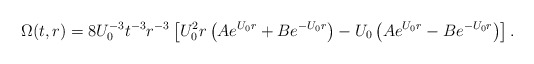
\begin{align*}\Omega(t,r) = 8 U_0^{-3} t^{-3} r^{-3} \left[ U^2_0 r \left( Ae^{U_0 r} + Be^{-U_0 r} \right) - U_0 \left( Ae^{U_0 r} - Be^{-U_0 r} \right) \right].\end{align*}